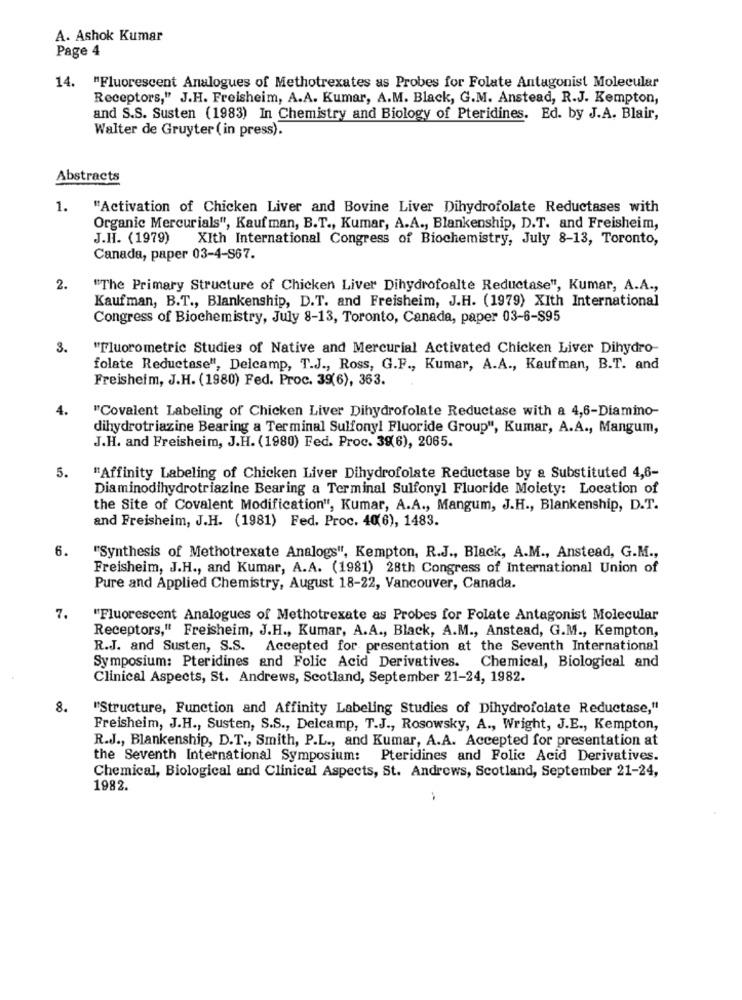
A. Ashok Kumar
Page 4
14. "Fluorescent Analogues of Methotrexates as Probes for Folate Antagonist Molecular
Receptors," J.H. Freisheim, A.A. Kumar, A.M. Black, G.M. Anstead, R.J. Kempton,
and S.S. Susten (1983) In Chemistry and Biology of Pteridines. Ed. by J.A. Blair,
Walter de Gruyter ( in press).
Abstracts
1.
"Activation of Chicken Liver and Bovine Liver Dihydrofolate Reductases with
Organic Mercurials", Kauf man, B.T ., Kumar, A.A ., Blankenship, D.T. and Freisheim,
J.H. (1979)
XIth International Congress of Biochemistry, July 8-13, Toronto,
Canada, paper 03-4-S67.
2.
"The Primary Structure of Chicken Liver Dihydrofoalte Reductase", Kumar, A.A .,
Kaufman, B.T ., Blankenship, D.T. and Freisheim, J.H. (1979) XIth International
Congress of Biochemistry, July 8-13, Toronto, Canada, paper 03-6-$95
3.
"Fluorometric Studies of Native and Mercurial Activated Chicken Liver Dihydro-
folate Reductase", Delcamp, T.J ., Ross, G.F ., Kumar, A.A ., Kaufman, B.T. and
Freisheim, J.H. (1980) Fed. Proc. 39(6), 363.
4.
"Covalent Labeling of Chicken Liver Dihydrofolate Reductase with a 4,6-Diamino-
dihydrotriazine Bearing a Terminal Sulfonyl Fluoride Group", Kumar, A.A ., Mangum,
J.H. and Freisheim, J.H. (1980) Fed. Proc. 39(6), 2065.
5.
"Affinity Labeling of Chicken Liver Dihydrofolate Reductase by a Substituted 4,6-
Diaminodihydrotriazine Bearing a Terminal Sulfonyl Fluoride Moiety: Location of
the Site of Covalent Modification", Kumar, A.A ., Mangum, J.H ., Blankenship, D.T.
and Freisheim, J.H. (1981) Fed. Proc. 40(6), 1483.
6.
""Synthesis of Methotrexate Analogs", Kempton, R.J ., Black, A.M ., Anstead, G.M .,
Freisheim, J.H ., and Kumar, A.A. (1981) 28th Congress of International Union of
Pure and Applied Chemistry, August 18-22, Vancouver, Canada.
7.
"Fluorescent Analogues of Methotrexate as Probes for Folate Antagonist Molecular
Receptors," Freisheim, J.H ., Kumar, A.A ., Black, A.M ., Anstead, G.M ., Kempton,
R.J. and Susten, S.S. Accepted for presentation at the Seventh International
Symposium: Pteridines and Folic Acid Derivatives. Chemical, Biological and
Clinical Aspects, St. Andrews, Scotland, September 21-24, 1982.
8.
"Structure, Function and Affinity Labeling Studies of Dihydrofolate Reductase,"
Freisheim, J.H ., Susten, S.S ., Delcamp, T.J ., Rosowsky, A ., Wright, J.E ., Kempton,
R.J ., Blankenship, D.T ., Smith, P.L ., and Kumar, A.A. Accepted for presentation at
the Seventh International Symposium: Pteridines and Folic Acid Derivatives.
Chemical, Biological and Clinical Aspects, St. Andrews, Scotland, September 21-24,
1982.